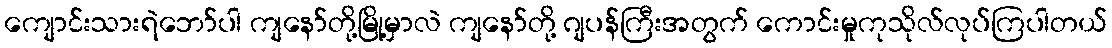
ကျောင်းသားရဲဘော်ပါ ကျနော်တို့မြို့မှာလဲ ကျနော်တို့ ဂျပန်ကြီးအတွက် ကောင်းမှုကုသိုလ်လုပ်ကြပါတယ်